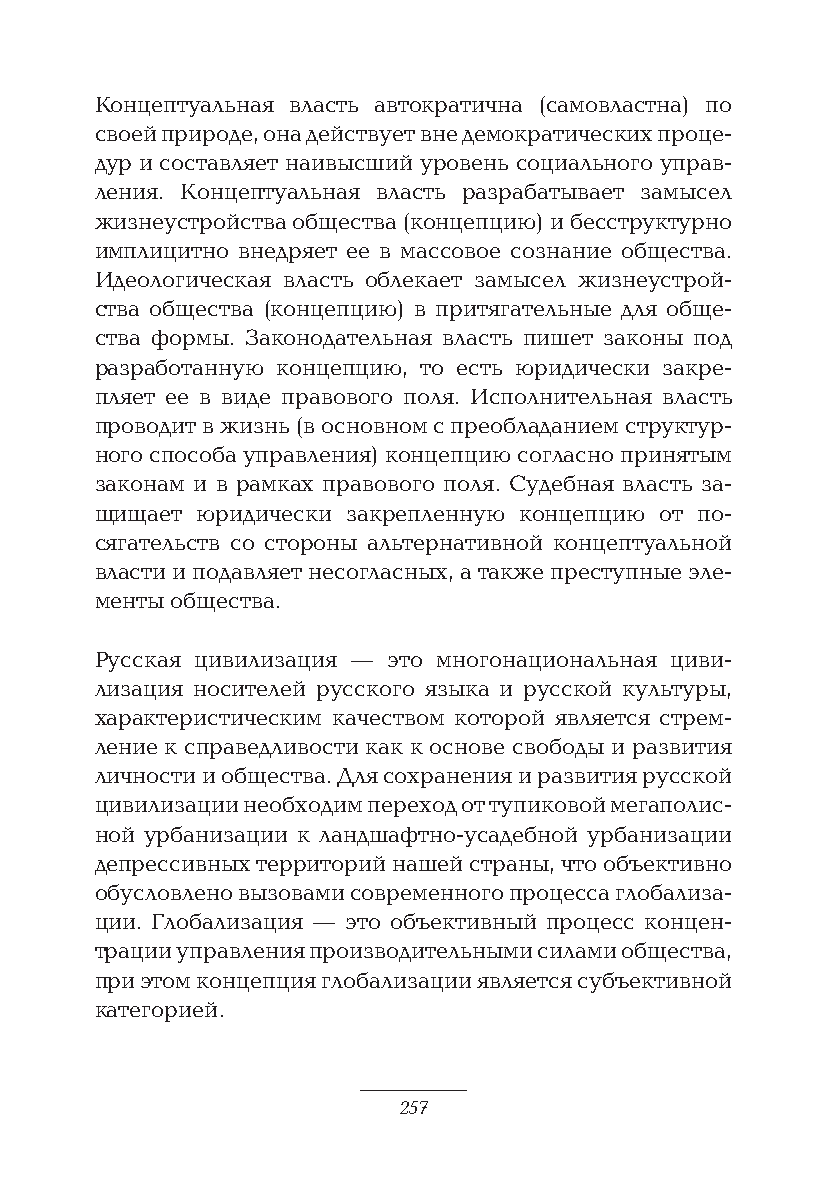
Концептуальная власть автократична (самовластна) по
 своей природе, она действует вне демократических проце-
 дур и составляет наивысший уровень социального управ-
 ления. Концептуальная власть разрабатывает замысел
 жизнеустройства общества (концепцию) и бесструктурно
 имплицитно внедряет ее в массовое сознание общества.
 Идеологическая власть облекает замысел жизнеустрой-
 ства общества (концепцию) в притягательные для обще-
 ства формы. Законодательная власть пишет законы под
 разработанную концепцию, то есть юридически закре-
 пляет ее в виде правового поля. Исполнительная власть
 проводит в жизнь (в основном с преобладанием структур-
 ного способа управления) концепцию согласно принятым
 законам и в рамках правового поля. Судебная власть за-
 щищает юридически закрепленную концепцию от по-
 сягательств со стороны альтернативной концептуальной
 власти и подавляет несогласных, а также преступные эле-
 менты общества.
 Русская цивилизация — это многонациональная циви-
 лизация носителей русского языка и русской культуры,
 характеристическим качеством которой является стрем-
 ление к справедливости как к основе свободы и развития
 личности и общества. Для сохранения и развития русской
 цивилизации необходим переход от тупиковой мегаполис-
 ной урбанизации к ландшафтно-усадебной урбанизации
 депрессивных территорий нашей страны, что объективно
 обусловлено вызовами современного процесса глобализа-
 ции. Глобализация — это объективный процесс концен-
 трации управления производительными силами общества,
 при этом концепция глобализации является субъективной
 категорией.
 257